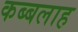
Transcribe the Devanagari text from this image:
कब्बलाह